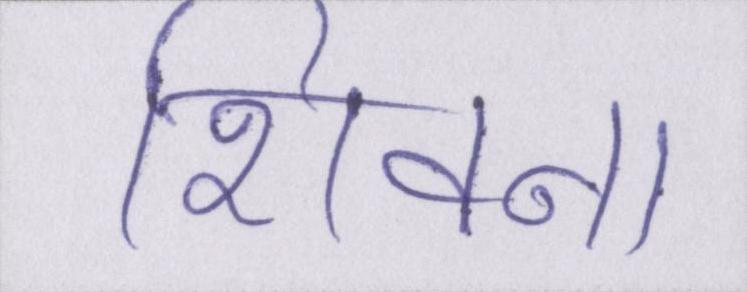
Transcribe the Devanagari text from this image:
शिवना